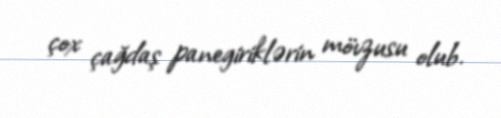
çox çağdaş panegiriklərin mövzusu olub.